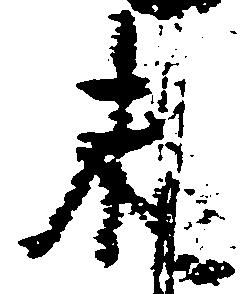
末